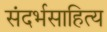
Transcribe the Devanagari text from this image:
संदर्भसाहित्य